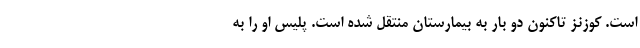
است. کوزنز تاکنون دو بار به بیمارستان منتقل شده است. پلیس او را به